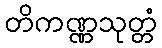
တိကဏ္ဏသုတ္တံ